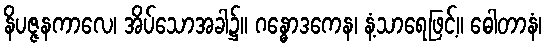
နိပဇ္ဇနကာလေ၊ အိပ်သောအခါ၌။ ဂန္ဓောဒကေန၊ နံ့သာရေဖြင့်။ ဓေါတာနံ၊